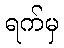
ရက်မှ